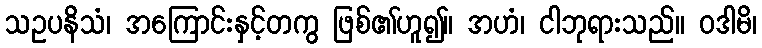
သဥပနိသံ၊ အကြောင်းနှင့်တကွ ဖြစ်၏ဟူ၍။ အဟံ၊ ငါဘုရားသည်။ ဝဒါမိ၊